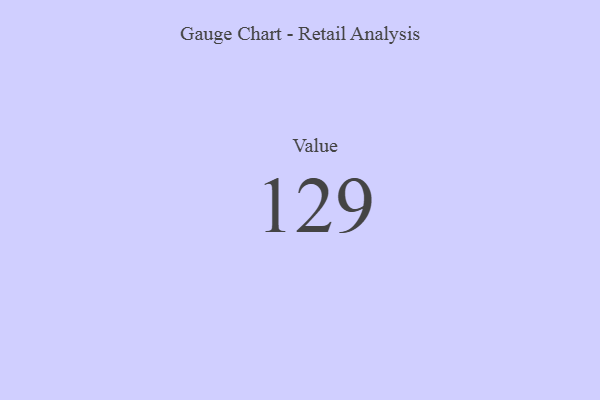
{"axis": {"x": "Metric", "y": "Value"}, "legend": [""], "data": [{"x": "Value", "y": 129, "type": ""}]}